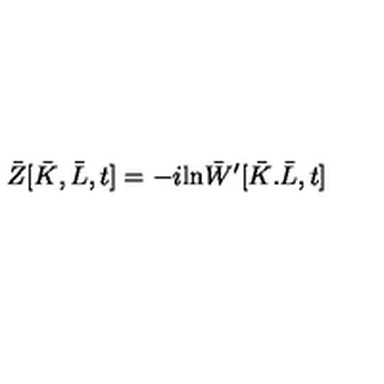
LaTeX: \bar { Z } [ \bar { K } , \bar { L } , t ] = - i \mathrm { l n } \bar { W } ^ { \prime } [ \bar { K } . \bar { L } , t ]